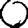
Digit: 0